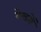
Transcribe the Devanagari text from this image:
वेन्डरों